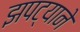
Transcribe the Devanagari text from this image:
झपट्याने